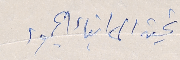
تحية الى ابناء الجنوب